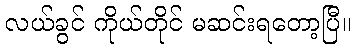
လယ်ခွင် ကိုယ်တိုင် မဆင်းရတော့ပြီ။